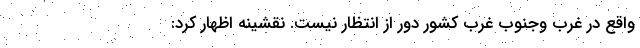
واقع در غرب وجنوب غرب کشور دور از انتظار نیست. نقشینه اظهار کرد: